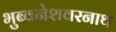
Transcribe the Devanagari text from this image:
भुब्वनेशवरनाथ